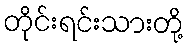
တိုင်းရင်းသားတို့